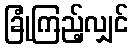
ခြုံကြည့်လျှင်